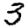
Digit: 3